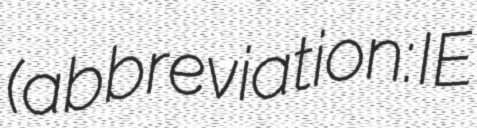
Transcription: (abbreviation: IE